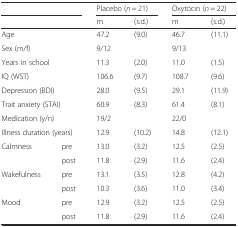
| <COLSPAN=2>  | <COLSPAN=2> Placebo (n = 21) | <COLSPAN=2> Oxytocin (n = 22) |
 | <COLSPAN=2>  | m | (s.d.) | m | (s.d.) |
 | --- | --- | --- | --- | --- | --- |
 | <COLSPAN=2> Age | 47.2 | (9.0) | 46.7 | (11.1) |
 | <COLSPAN=2> Sex (m/f) | 9/12 |  | 9/13 |  |
 | <COLSPAN=2> Years in school | 11.3 | (2.0) | 11.0 | (1.5) |
 | <COLSPAN=2> IQ (WST) | 106.6 | (9.7) | 108.7 | (9.6) |
 | <COLSPAN=2> Depression (BDI) | 28.0 | (9.5) | 29.1 | (11.9) |
 | <COLSPAN=2> Trait anxiety (STAI) | 60.9 | (8.3) | 61.4 | (8.1) |
 | <COLSPAN=2> Medication (y/n) | 19/2 |  | 22/0 |  |
 | <COLSPAN=2> Illness duration (years) | 12.9 | (10.2) | 14.8 | (12.1) |
 | Calmness | pre | 13.0 | (3.2) | 12.5 | (2.5) |
 |  | post | 11.8 | (2.9) | 11.6 | (2.4) |
 | Wakefulness | pre | 13.1 | (3.5) | 12.8 | (4.2) |
 |  | post | 10.3 | (3.6) | 11.0 | (3.4) |
 | Mood | pre | 12.9 | (3.2) | 12.5 | (2.5) |
 |  | post | 11.8 | (2.9) | 11.6 | (2.4) |